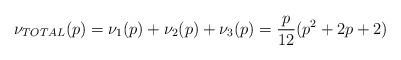
LaTeX: \begin{align*}\nu_{TOTAL}(p) = \nu_1(p) + \nu_2(p) + \nu_3(p) = \frac{p}{12}(p^2+2p+2)\end{align*}